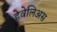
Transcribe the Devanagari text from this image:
हेवेलिअस